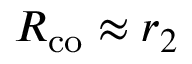
R _ { \mathrm { c o } } \approx r _ { 2 }